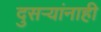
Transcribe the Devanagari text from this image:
दुसर्‍यांनाही